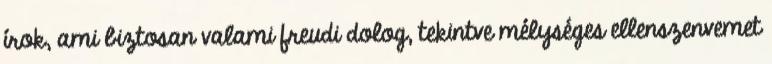
írok, ami biztosan valami freudi dolog, tekintve mélységes ellenszenvemet